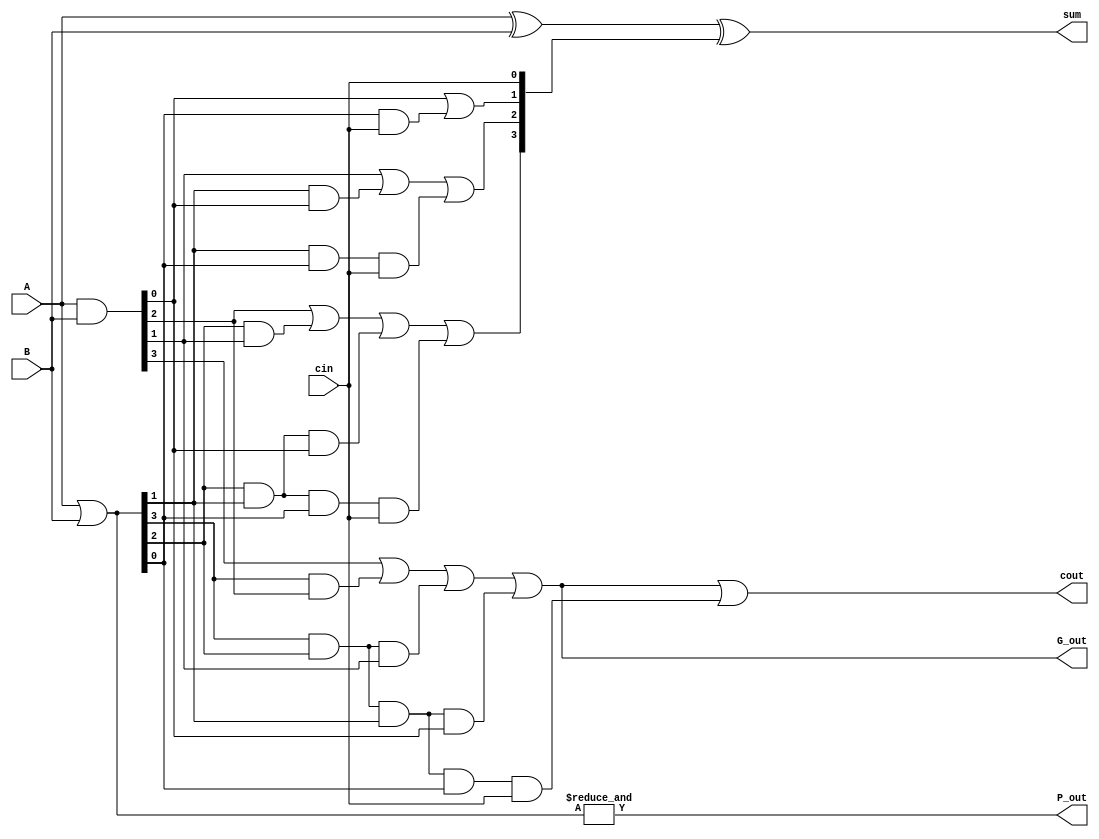
module cla_4(A, B, cin, sum, cout, P_out, G_out);

  input [3:0] A, B;
  input cin;
  output [3:0] sum;
  output cout, P_out, G_out;


  wire [3:0] C, P, G;

  assign P = A | B;
  assign P_out = &P;


  assign G = A & B;
  assign G_out = G[3] | (P[3] & G[2]) | (P[3] & P[2] & G[1]) | (P[3] & P[2] & P[1] & G[0]);


  assign C[0] = cin;
  assign C[1] = G[0] | (P[0] & C[0]);
  assign C[2] = G[1] | (P[1] & G[0]) | (P[1] & P[0] & C[0]);
  assign C[3] = G[2] | (P[2] & G[1]) | (P[2] & P[1] & G[0]) | (P[2] & P[1] & P[0] & C[0]);
  assign cout = G[3] | (P[3] & G[2]) | (P[3] & P[2] & G[1]) | (P[3] & P[2] & P[1] & G[0]) | (P[3] & P[2] & P[1] & P[0] & C[0]);

  assign sum = A ^ B ^ C;

endmodule